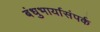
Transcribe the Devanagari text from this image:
बंधुभार्यासंपर्क